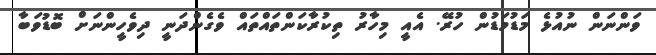
ވަންނަން ނުއުޅެ މަޑުމަޑުން ހުރޭ. އެއީ މިހާރު ތިކުރާކަންތައްތައްް ވެގެންދަނީ ދިވެހީންނަށް ބޮޑުވަބާ